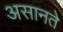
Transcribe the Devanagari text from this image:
असानते